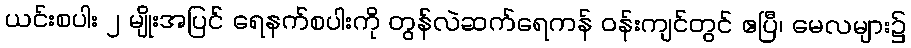
ယင်းစပါး ၂ မျိုးအပြင် ရေနက်စပါးကို တွန်လဲဆက်ရေကန် ဝန်းကျင်တွင် ဧပြီ၊ မေလများ၌